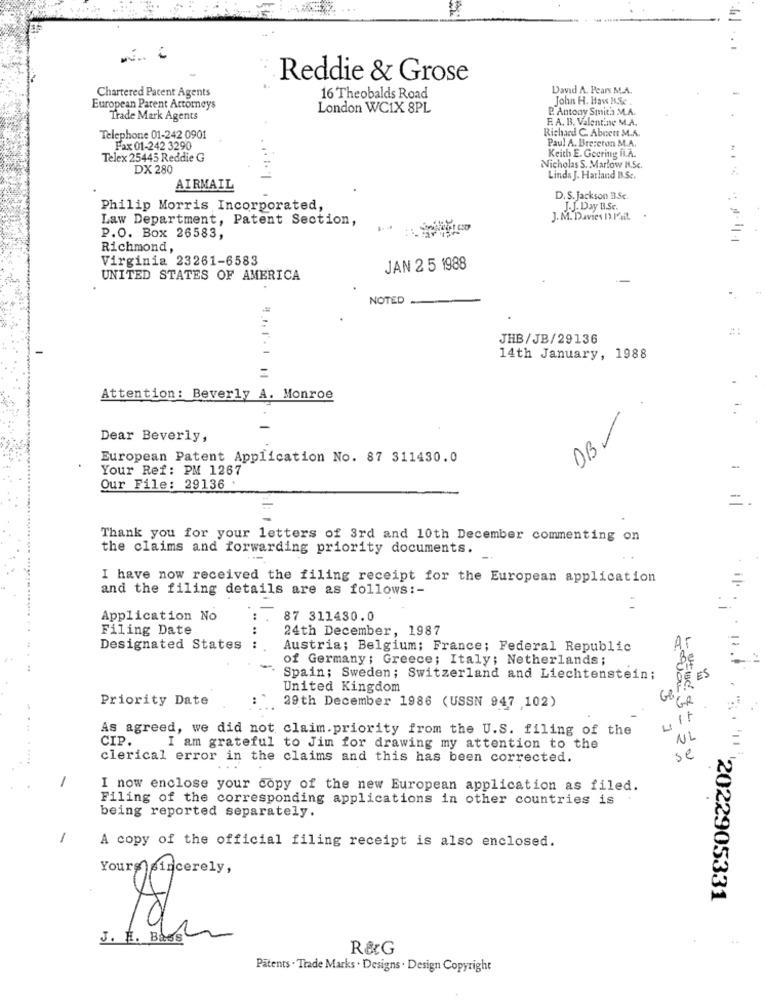
N. C
Reddie & Grose
Chartered Patent Agents
David A. Pears M.A.
16 Theobalds Road
John H. Hay ISc.
European Patent Attorneys
London WCIX 8PL
P. Antony Smit'a M.A.
Trade Mark Agents
R. A. B. Valentine M.A.
Richard C. Abren M.A.
Telephone 01-242 0901
Paul A. Bre:eton M.A.
Fax 01-242 3290
Telex 25445 Reddie G
Keith E. Goering IL.A.
DX 280
Nicholas S. Marlow 1.Sc.
Linda J. Harland B.Sc.
AIRMAIL
D. S. Jackson 3.Se
Philip Morris Incorporated,
J.J. Day B.Sc.
Law Department, Patent Section,
J. M. Davies n.ICHit
P.O. Box 26583,
Richmond,
Virginia 23261-6583
JAN 2 5 1988
UNITED STATES OF AMERICA
NOTED
#:
JHB/JB/29136
14th January, 1988
Attention: Beverly A. Monroe
DB-
Dear Beverly,
European Patent Application No. 87 311430.0
Your Ref: PM 1267
Our File: 29136
Thank you for your letters of 3rd and 10th December commenting on
the claims and forwarding priority documents.
I have now received the filing receipt for the European application
and the filing details are as follows :-
Application No
87 311430.0
Filing Date
24th December, 1987
Designated States :
Austria; Belgium; France; Federal Republic
Ar
of Germany; Greece; Italy; Netherlands;
Be
11.1
Spain; Sweden; Switzerland and Liechtenstein;
GOFRE
DE ES
United Kingdom
Priority Date
68
29th December 1986 (USSN 947 102)
As agreed, we did not claim.priority from the U.S. filing of the
CIP.
NL
I am grateful to Jim for drawing my attention to the
se
clerical error in the claims and this has been corrected.
I now enclose your copy of the new European application as filed.
Filing of the corresponding applications in other countries is
being reported separately.
A copy of the official filing receipt is also enclosed.
Yours sincerely,
'2022905331
J. H. Bass
R&G
Patents . Trade Marks . Designs . Design Copyright